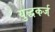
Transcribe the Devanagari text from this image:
युद्धकर्ज